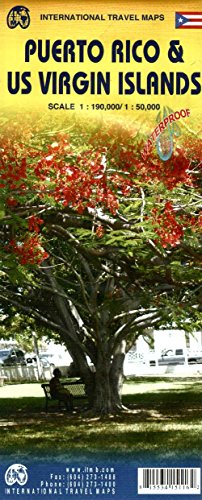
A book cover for Puerto Rico / US Virgin Islands 1:190K/50K; Itmb Publishing LTD; Travel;